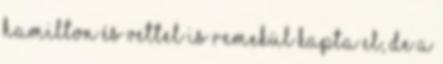
Hamilton és Vettel is remekül kapta el, de a